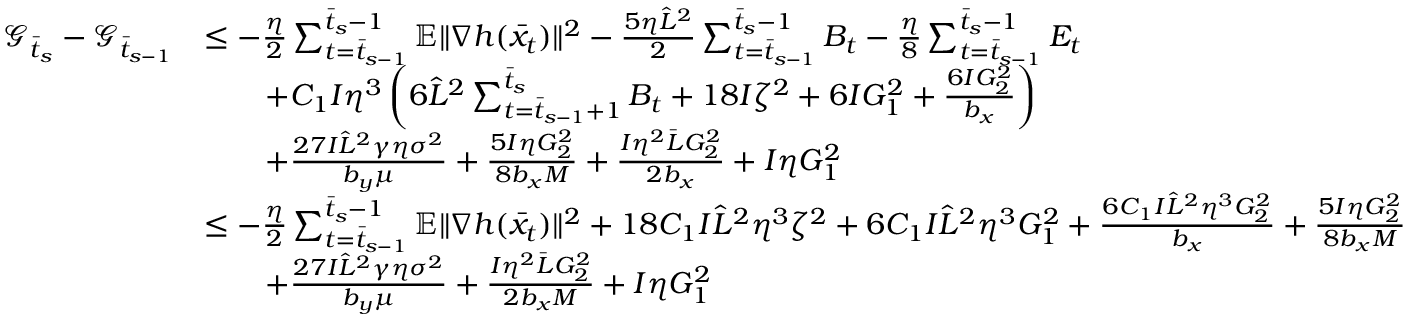
\begin{array} { r l } { \mathcal { G } _ { \bar { t } _ { s } } - \mathcal { G } _ { \bar { t } _ { s - 1 } } } & { \leq - \frac { \eta } { 2 } \sum _ { t = \bar { t } _ { s - 1 } } ^ { \bar { t } _ { s } - 1 } \mathbb { E } \| \nabla h ( \bar { x } _ { t } ) \| ^ { 2 } - \frac { 5 \eta \hat { L } ^ { 2 } } { 2 } \sum _ { t = \bar { t } _ { s - 1 } } ^ { \bar { t } _ { s } - 1 } B _ { t } - \frac { \eta } { 8 } \sum _ { t = \bar { t } _ { s - 1 } } ^ { \bar { t } _ { s } - 1 } E _ { t } } \\ & { \qquad + C _ { 1 } I \eta ^ { 3 } \left( 6 \hat { L } ^ { 2 } \sum _ { t = \bar { t } _ { s - 1 } + 1 } ^ { \bar { t } _ { s } } B _ { t } + 1 8 I \zeta ^ { 2 } + 6 I G _ { 1 } ^ { 2 } + \frac { 6 I G _ { 2 } ^ { 2 } } { b _ { x } } \right) } \\ & { \qquad + \frac { 2 7 I \hat { L } ^ { 2 } \gamma \eta \sigma ^ { 2 } } { b _ { y } \mu } + \frac { 5 I \eta G _ { 2 } ^ { 2 } } { 8 b _ { x } M } + \frac { I \eta ^ { 2 } \bar { L } G _ { 2 } ^ { 2 } } { 2 b _ { x } } + I \eta G _ { 1 } ^ { 2 } } \\ & { \leq - \frac { \eta } { 2 } \sum _ { t = \bar { t } _ { s - 1 } } ^ { \bar { t } _ { s } - 1 } \mathbb { E } \| \nabla h ( \bar { x } _ { t } ) \| ^ { 2 } + 1 8 C _ { 1 } I \hat { L } ^ { 2 } \eta ^ { 3 } \zeta ^ { 2 } + 6 C _ { 1 } I \hat { L } ^ { 2 } \eta ^ { 3 } G _ { 1 } ^ { 2 } + \frac { 6 C _ { 1 } I \hat { L } ^ { 2 } \eta ^ { 3 } G _ { 2 } ^ { 2 } } { b _ { x } } + \frac { 5 I \eta G _ { 2 } ^ { 2 } } { 8 b _ { x } M } } \\ & { \qquad + \frac { 2 7 I \hat { L } ^ { 2 } \gamma \eta \sigma ^ { 2 } } { b _ { y } \mu } + \frac { I \eta ^ { 2 } \bar { L } G _ { 2 } ^ { 2 } } { 2 b _ { x } M } + I \eta G _ { 1 } ^ { 2 } } \end{array}